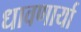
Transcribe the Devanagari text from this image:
धावणार्या